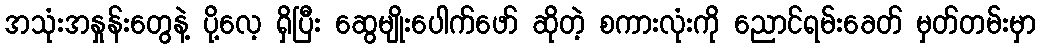
အသုံးအနှုန်းတွေနဲ့ ပို့လေ့ ရှိပြီး ဆွေမျိုးပေါက်ဖော် ဆိုတဲ့ စကားလုံးကို ညောင်ရမ်းခေတ် မှတ်တမ်းမှာ